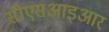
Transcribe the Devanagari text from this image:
सीएसआइआर